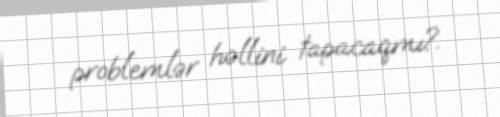
problemlər həllini tapacaqmı?.